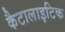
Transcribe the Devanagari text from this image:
कैटालाइटिक